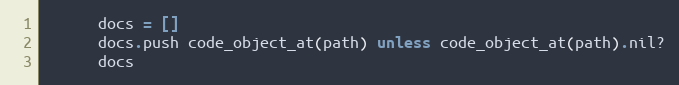
Language: Ruby
      docs = []
      docs.push code_object_at(path) unless code_object_at(path).nil?
      docs